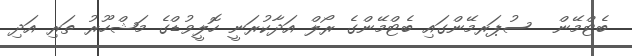
ބެޓްމޭން  ސުޕަރމޭންގައި ބެޓްމޭންގެ ރޯލް އަދާކުރަނީ ހޮލީވުޑްގެ މަޝްހޫރު ތަރި އަދި